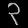
Digit: ၃